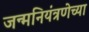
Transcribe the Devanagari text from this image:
जन्मनियंत्रणेच्या